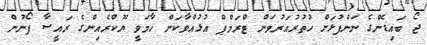
ޖޯ ބައިޑެންގެ ނަންފުޅަށް ހުތުރުއަރުވަން ޓްރަމްޕް އުޅުއްވާކަން ހާމަވީ ޔޫކްރެއިންގެ ރައީސާ ފޯނުން